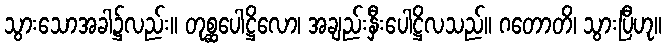
သွားသောအခါ၌လည်း။ တုစ္ဆပေါဋ္ဌိလော၊ အချည်းနှီးပေါဋ္ဌိလသည်။ ဂတောတိ၊ သွားပြီဟု။